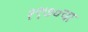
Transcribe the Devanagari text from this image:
१९७०चा